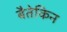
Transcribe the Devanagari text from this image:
बैतेकिन